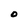
Character: O